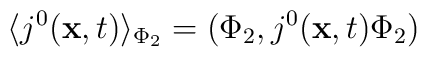
\langle j^{0}({\bf x},t)\rangle _{\Phi _{2}}=(\Phi _{2},j^{0}({\bf x},t)\Phi_{2})